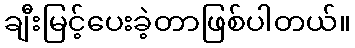
ချီးမြင့်ပေးခဲ့တာဖြစ်ပါတယ်။